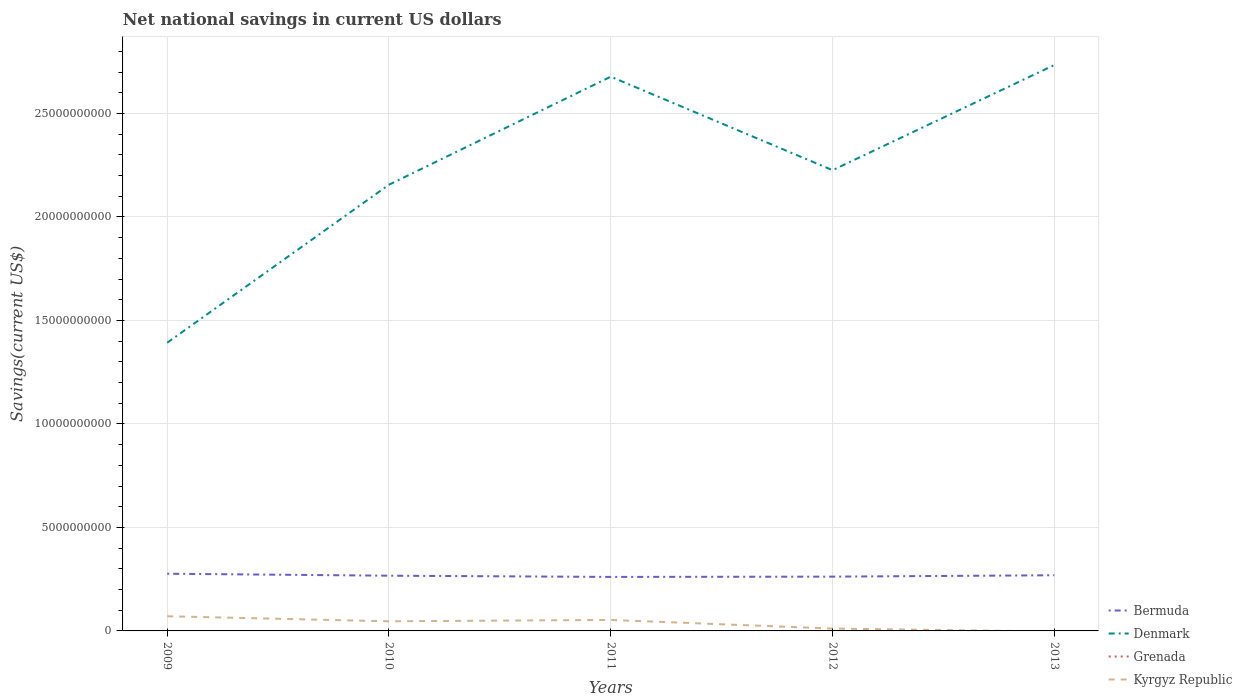
| Years | Bermuda | Denmark | Grenada | Kyrgyz Republic |
 | --- | --- | --- | --- | --- |
 | 2009 | 2.76e+09 | 1.39e+10 | -1.03e+08 | 7.09e+08 |
 | 2010 | 2.67e+09 | 2.16e+10 | -1.2e+08 | 4.65e+08 |
 | 2011 | 2.61e+09 | 2.68e+10 | -1.35e+08 | 5.31e+08 |
 | 2012 | 2.62e+09 | 2.23e+10 | -1.45e+08 | 1.13e+08 |
 | 2013 | 2.69e+09 | 2.73e+10 | -1.3e+08 | -2.58e+07 |